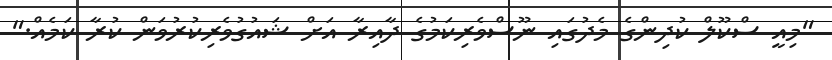
"މިއީ ސްކޫލް ކުދިންގެ މެދުގައި ނޫސްވެރިކަމުގެ ދާއިރާ އަށް ޝައުގުވެރިކުރުވަން ކުރާ ކަމެއް."